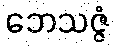
ဘေသဇ္ဇံ